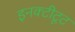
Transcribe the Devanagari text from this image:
इनक्टीटूट